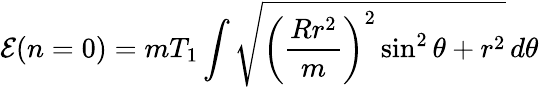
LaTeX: {\cal E}(n=0)=mT_{1}\int\sqrt{\bigg(\frac{Rr^{2}}{m}\bigg)^{2}\sin^{2}\theta+r^{2}}\, d\theta